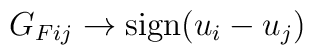
G_{Fij} \rightarrow {\rm sign}(u_i-u_j)